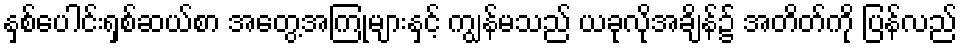
နှစ်ပေါင်းရှစ်ဆယ်စာ အတွေ့အကြုံများနှင့် ကျွန်မသည် ယခုလိုအချိန်၌ အတိတ်ကို ပြန်လည်